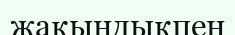
жақындықпен